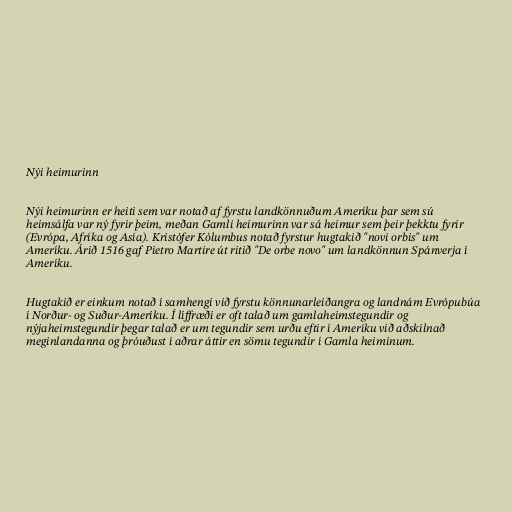
Nýi heimurinn

Nýi heimurinn er heiti sem var notað af fyrstu landkönnuðum Ameríku þar sem sú
heimsálfa var ný fyrir þeim, meðan Gamli heimurinn var sá heimur sem þeir þekktu fyrir
(Evrópa, Afríka og Asía). Kristófer Kólumbus notað fyrstur hugtakið "novi orbis" um
Ameríku. Árið 1516 gaf Pietro Martire út ritið "De orbe novo" um landkönnun Spánverja í
Ameríku.

Hugtakið er einkum notað í samhengi við fyrstu könnunarleiðangra og landnám Evrópubúa
í Norður- og Suður-Ameríku. Í líffræði er oft talað um gamlaheimstegundir og
nýjaheimstegundir þegar talað er um tegundir sem urðu eftir í Ameríku við aðskilnað
meginlandanna og þróuðust í aðrar áttir en sömu tegundir í Gamla heiminum.